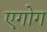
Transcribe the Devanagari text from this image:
एगोग